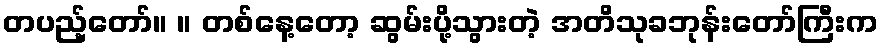
တပည့်တော်။ ။ တစ်နေ့တော့ ဆွမ်းပို့သွားတဲ့ အတိသုခဘုန်းတော်ကြီးက